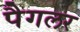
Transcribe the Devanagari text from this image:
पैगलर